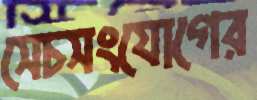
সেচসংযোগের